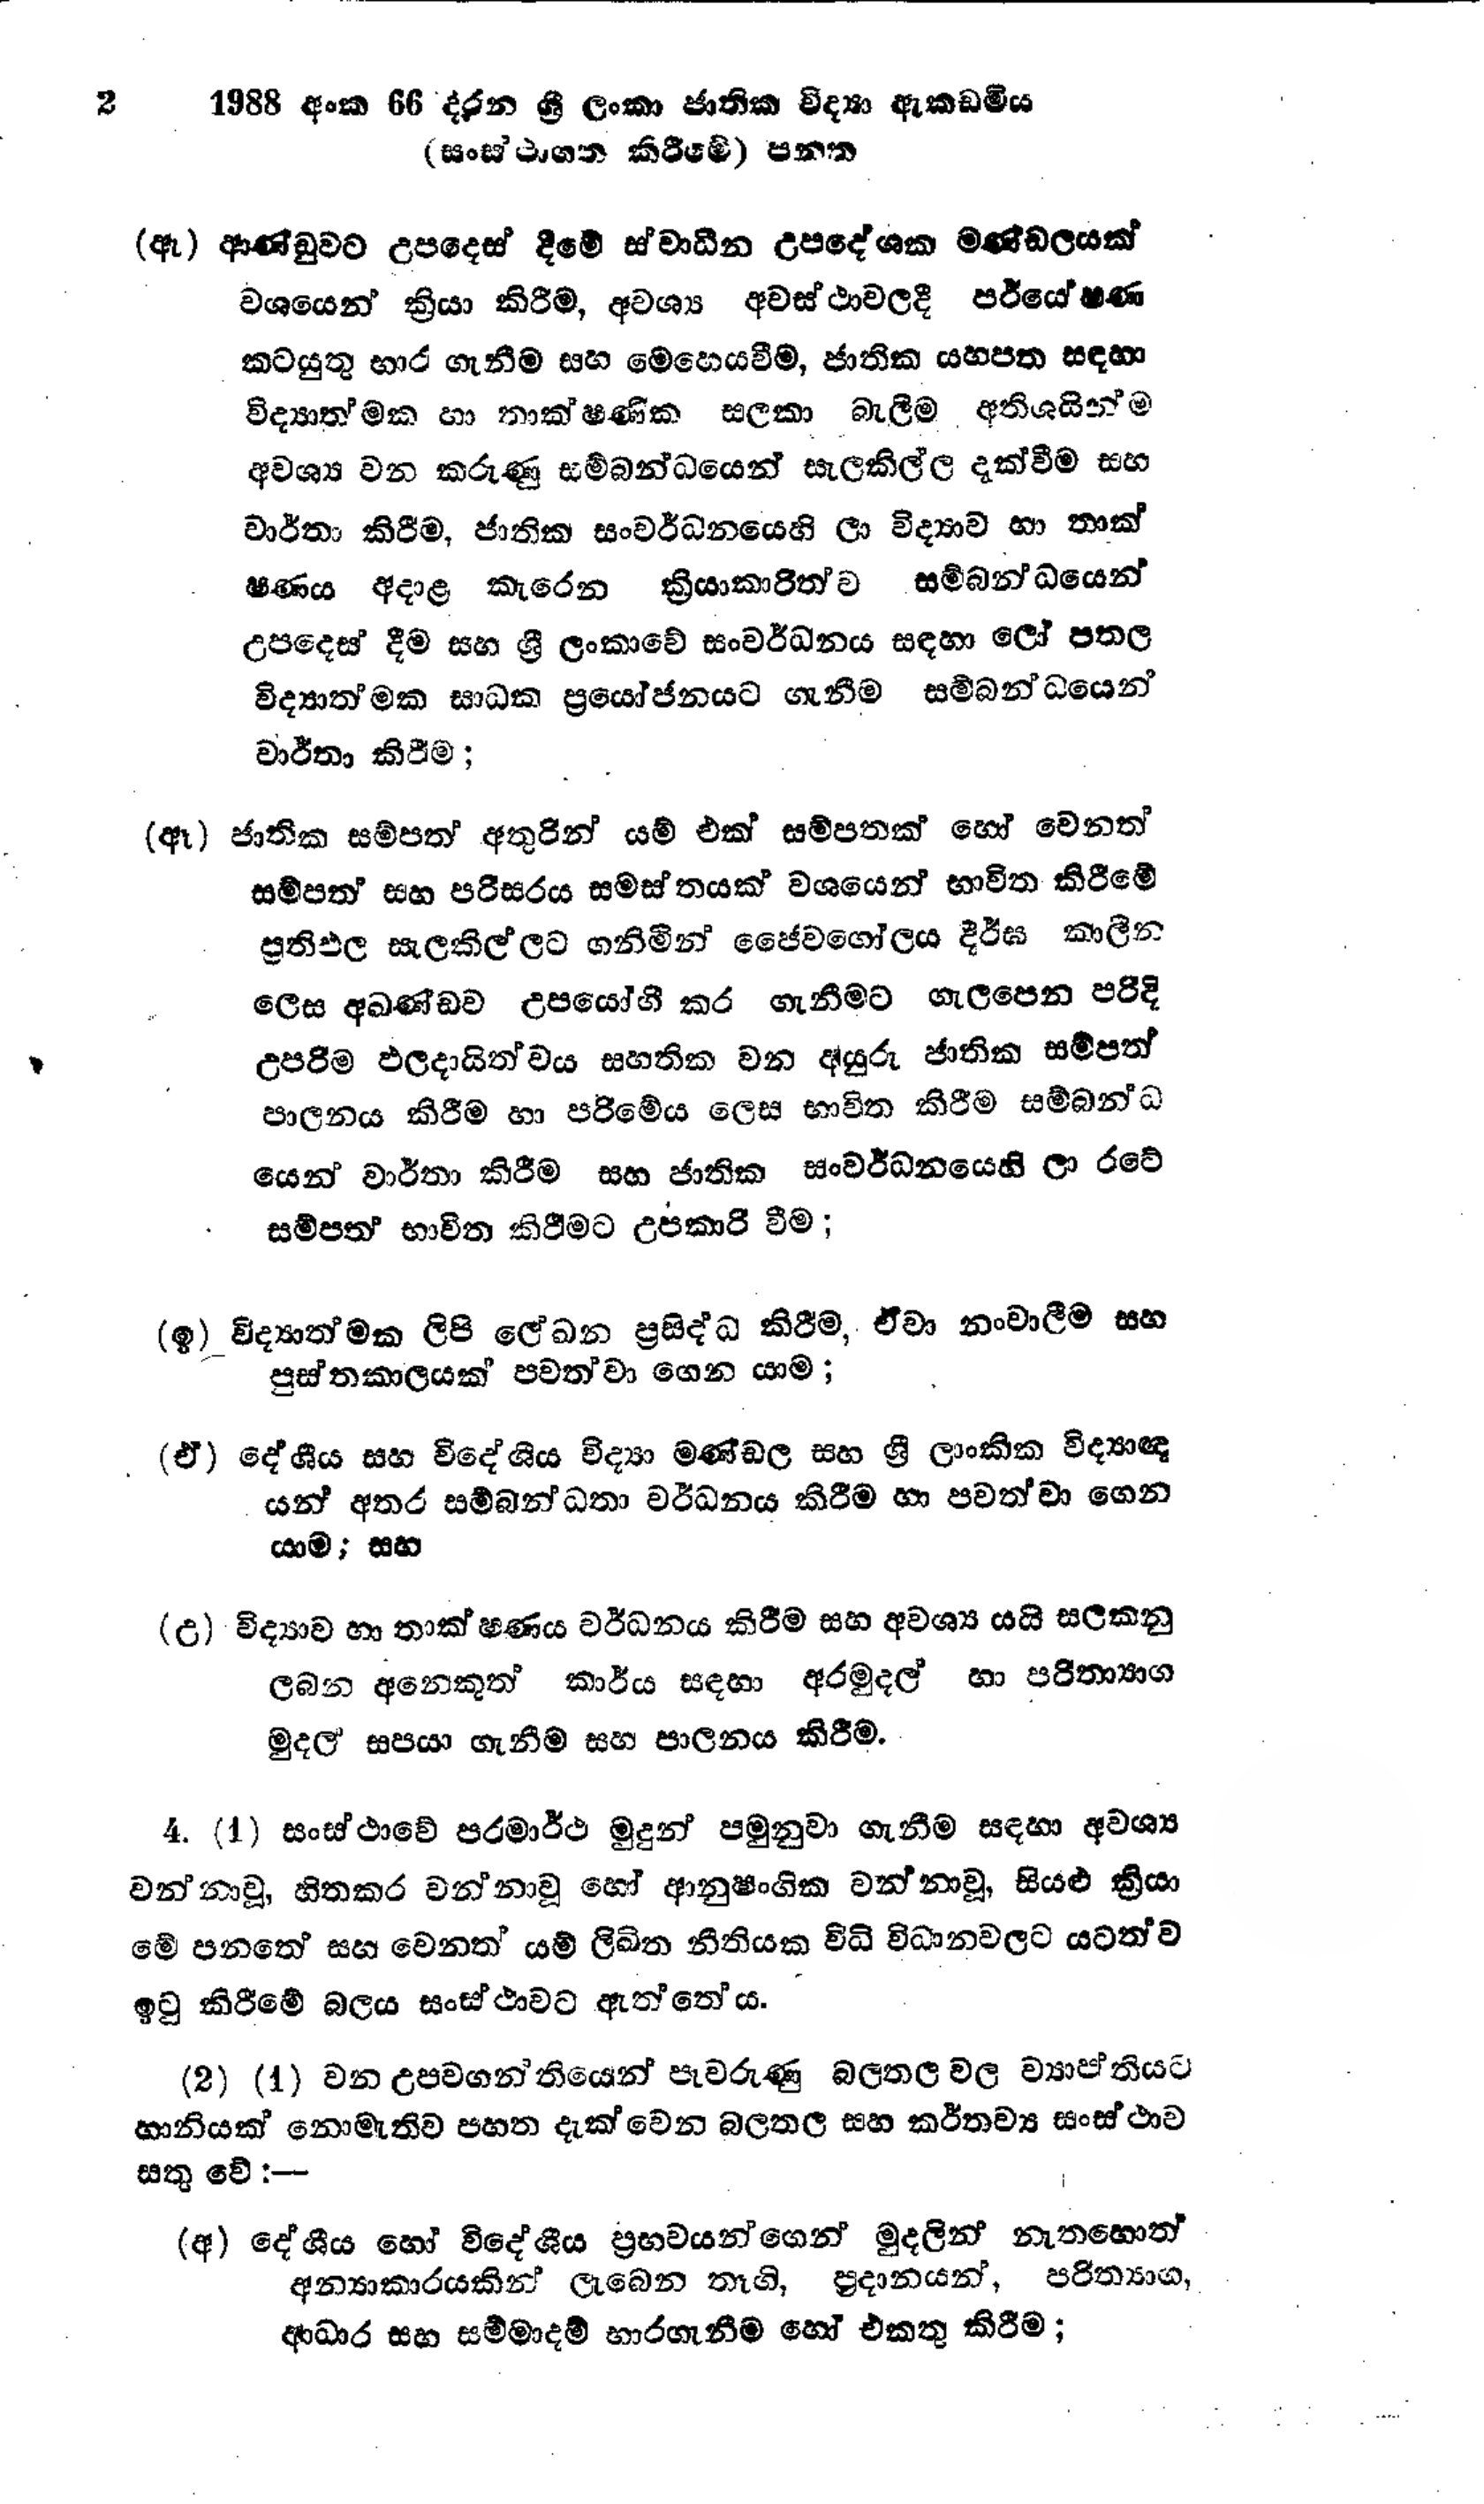
1988 අංක 66 දරන ශ්‍රී ලංකා ජාතික විද්‍යා ඇකඩමිය
(සංස්ථාගත කිරීමේ) පනත

(ඈ) ආණ්ඩුවට උපදෙස් දීමේ ස්වාධීන උපදේශක මණ්ඩලයක්
වශයෙන් ක්‍රියා කිරීම, අවශ්‍ය අවස්ථාවලදී පර්යේෂණ
කටයුතු භාර ගැනීම සහ මෙහෙයවීම්, ජාතික යහපත සඳහා
විද්‍යාතමක හා තාක්ෂණික සලකා බැලීම අතිශයින්ම
අවශ්‍ය වන කරුණු සම්බන්ධයෙන් සැලකිල්ල දැක්වීම සහ
වාර්තා කිරීම, ජාතික සංවර්ධනයෙහි ලා විද්‍යාව හා තාක්
ෂණය අදාළ කැරෙන ක්‍රියාකාරිත්ව සම්බන්ධයෙන්
උපදෙස් දීම සහ ශ්‍රී ලංකාවේ සංවර්ධනය සඳහා ලෝ පතල
විද්‍යාත්මක සාධක ප්‍රයෝජනයට ගැනීම සම්බන්ධයෙන්
වාර්තා කිරීම;

(ඈ) ජාතික සම්පත් අතුරින් යම් එක් සම්පතක් හෝ වෙනත්
සම්පත් සහ පරිසරය සමස්තයක් වශයෙන් භාවිත කිරීමේ
ප්‍රතිඵල සැලකිල්ලට ගනිමින් ජෛවගෝලය දීර්ඝ කාලීන
ලෙස අඛණ්ඩව උපයෝගී කර ගැනීමට ගැලපෙන පරිදි
උපරිම ඵලදායිත්වය සහතික වන අයුරු ජාතික සම්පත්
පාලනය කිරීම හා පරිමේය ලෙස භාවිත කිරීම සම්බන්ධ
යෙන් වාර්තා කිරීම සහ ජාතික සංවර්ධනයෙහි ලා රටේ
සම්පත් භාවිත කිරීමට උපකාරි වීම;

(ඉ) විද්‍යාත්මක ලිපි ලේඛන ප්‍රසිද්ධ කිරීම, ඒවා නංවාලීම සහ
පුස්තකාලයක් පවත්වා ගෙන යාම;

(ඒ) දේශීය සහ විදේශීය විද්‍යා මණ්ඩල සහ ශ්‍රී ලාංකික විද්‍යාඥ
යන් අතර සම්බන්ධතා වර්ධනය කිරීම හා පවත්වා ගෙන
යාම; සහ

(උ) විද්‍යාව හා තාක්ෂණය වර්ධනය කිරීම සහ අවශ්‍ය යයි සලකනු
ලබන අනෙකුත් කාර්ය සඳහා අරමුදල් හා පරිත්‍යාග
මුදල් සපයා ගැනීම සහ පාලනය කිරීම.

4. (1) සංස්ථාවේ පරමාර්ථ මුදුන් පමුනුවා ගැනීම සඳහා අවශ්‍ය
වන්නා වූ, හිතකර වන්නා වූ හෝ ආනුෂංගික වන්නා වූ, සියළු ක්‍රියා
මේ පනතේ සහ වෙනත් යම් ලිඛිත නීතියක විධි විධාන වලට යටත්ව
ඉටු කිරීමේ බලය සංස්ථාවට ඇත්තේ ය.

(2) (1) වන උපවගන්තියෙන් පැවරුණු බලතල වල ව්‍යාප්තියට
හානියක් නොමැතිව පහත දැක්වෙන බලතල සහ කර්තව්‍ය සංස්ථාව
සතු වේ :-

(අ) දේශීය හෝ විදේශීය ප්‍රභවයන්ගෙන් මුදලින් නැතහොත්
අන්‍යාකාරයකින් ලැබෙන තෑගි, ප්‍රදානයන්, පරිත්‍යාග,
ආධාර සහ සම්මාදම් භාරගැනීම හෝ එකතු කිරීම;